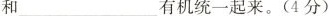
和有机统一起来。(4分)